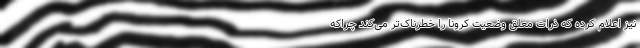
نیز اعلام کرده که ذرات معلق وضعیت کرونا را خطرناک‌تر می‌کند چراکه